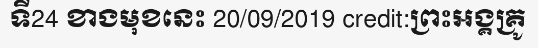
ទី24 ខាងមុខនេះ 20/09/2019 credit:ព្រះអង្គគ្រូ